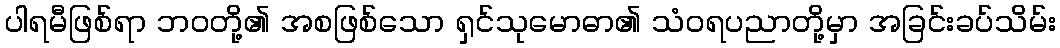
ပါရမီဖြစ်ရာ ဘဝတို့၏ အစဖြစ်သော ရှင်သုမောဓာ၏ သံဝရပညာတို့မှာ အခြင်းခပ်သိမ်း